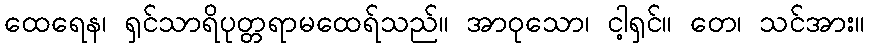
ထေရေန၊ ရှင်သာရိပုတ္တရာမထေရ်သည်။ အာဝုသော၊ ငါ့ရှင်။ တေ၊ သင်အား။